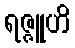
ရဇ္ဇူဟိ